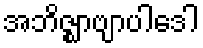
အဘိဇ္ဈာဗျာပါဒေါ